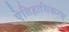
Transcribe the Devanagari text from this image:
ऐतिहासिकरण